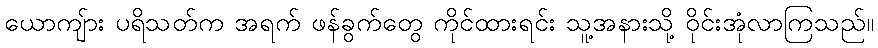
ယောကျ်ား ပရိသတ်က အရက် ဖန်ခွက်တွေ ကိုင်ထားရင်း သူ့အနားသို့ ဝိုင်းအုံလာကြသည်။